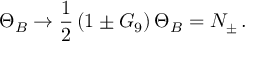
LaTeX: \Theta _ { B } \to \frac { 1 } { 2 } \left( 1 \pm G _ { 9 } \right) \Theta _ { B } = N _ { \pm } \, .